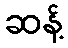
ဆန့်